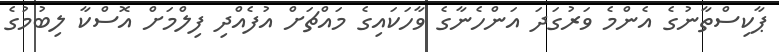
ޕާކިސްތާނުގެ އެންމެ ވަރުގަދަ އަންހެނާގެ ވާހަކައިގެ މައްޗަށް އުފެއްދި ފިލްމަށް އޮސްކާ ލިބުމުގެ